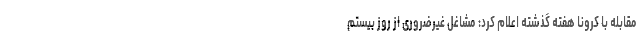
مقابله با کرونا هفته گذشته اعلام کرد: مشاغل غیرضروری از روز بیستم